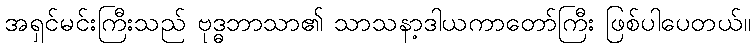
အရှင်မင်းကြီးသည် ဗုဒ္ဓဘာသာ၏ သာသနာ့ဒါယကာတော်ကြီး ဖြစ်ပါပေတယ်။